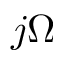
j \Omega